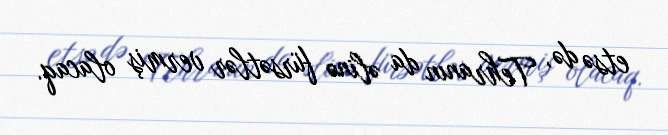
etsə də, Tehranın da əlinə fürsətlər vermiş olacaq.